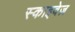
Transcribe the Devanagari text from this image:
स्काइवेज़